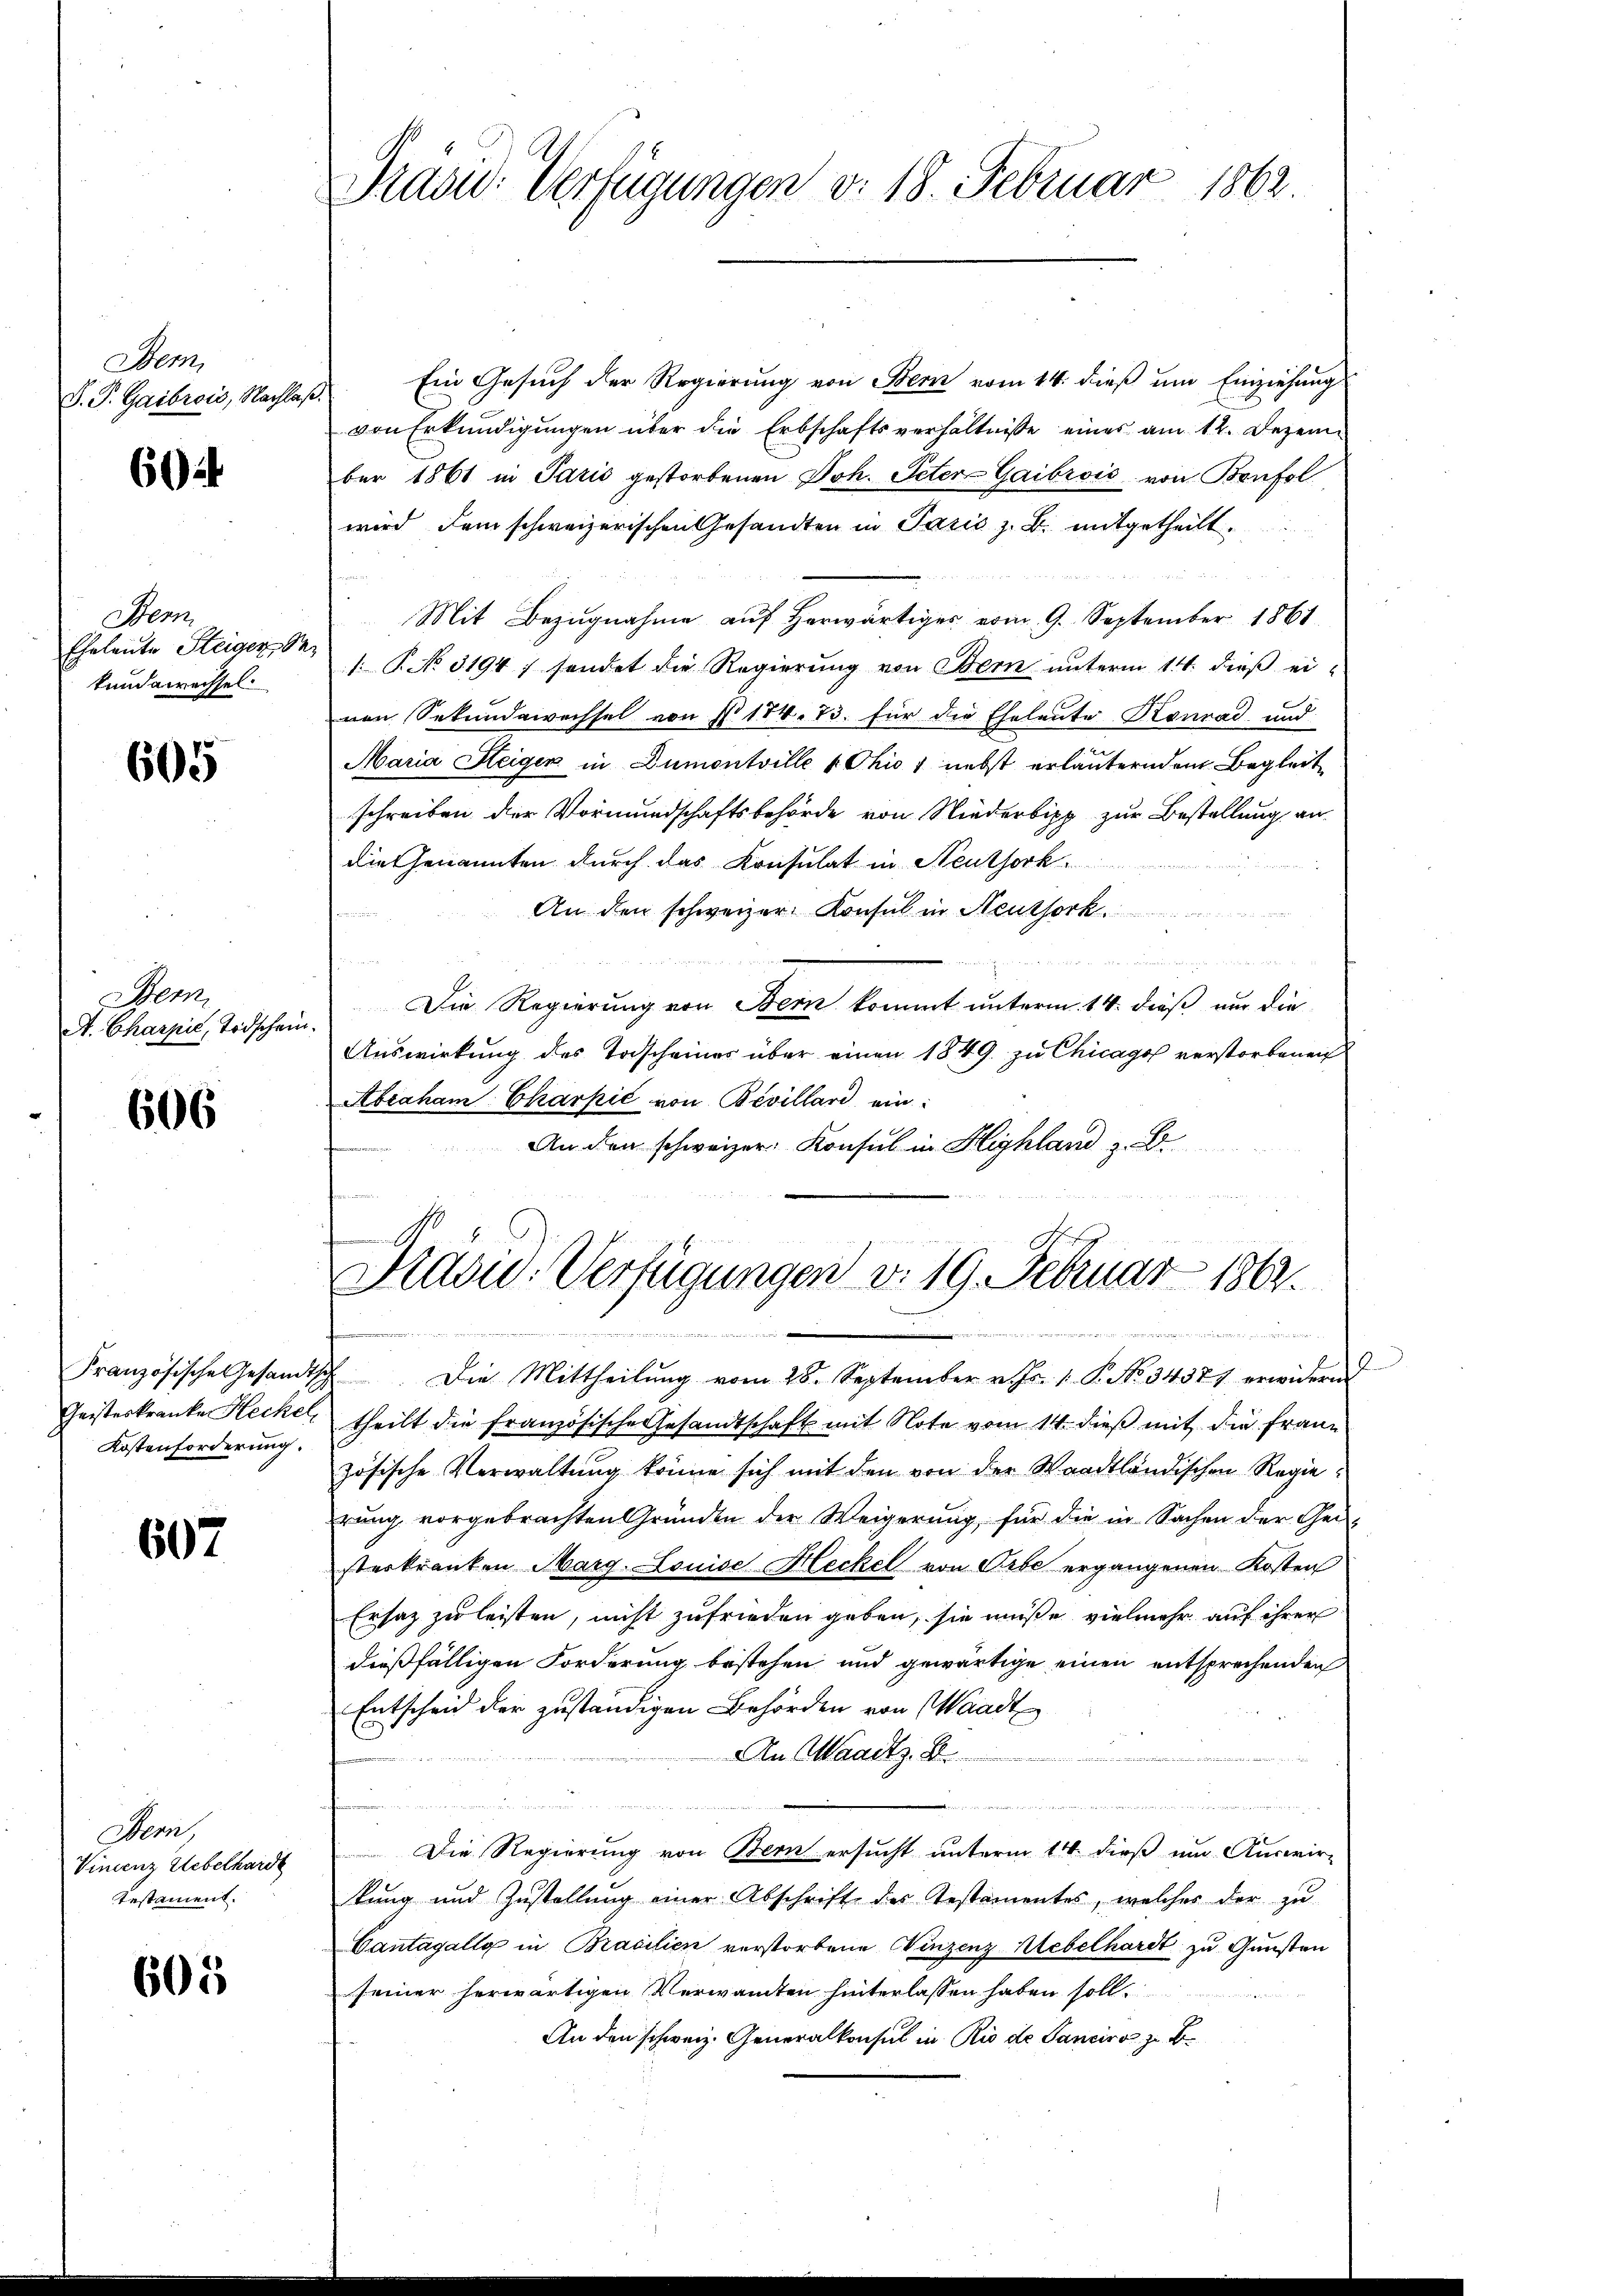
Bem
D. P. Gaibrois, Nachla

604

Bern
Eheleute Steiger Se
kundewechsel.

605

Sem
A. Charpić, Todschein

606

Französische Gesandtsch
Geisteskranke Heckel
Kostenforderung.

607

Dem
Vincenz Uebelhardt
testament.

605

Präsid. Verfügungen d. 18. Februar 1862.

Ein Gesuch der Regierung von Bern vom 14. dieß um Einziehung
von Erkundigungen über die Erbschaftsverhältnisse eines am 12. Dezember 1861 in Paris gestorbenen Joh. Peter-Gaibrois von Bonfol
wird dem schweizerischen Gesandten in Paris z. B. mitgetheilt.
Mit Bezugnahme auf herwärtiges vom 9. September 1861
1: No 3194; sendet die Regierung von Bern unterm 14. dieß ei-
von Sekundewechsel von § 174. 73. für die Eheleute Konrad und
Maria Steiger in Dumontville Chio 1 nebst erläuterndem Begleit
schreiben der Vormundschaftsbehörde von Niederbipp zur Bestellung an
die Genannten durch das Konsulat in Steuthork
An den schweizer Konsul in Neuthork
n
Die Regierung von Bern kommt unterm 14. dieß nur die
Auswirkung des Todscheines über einen 1849 zu Chicago verstorbenen
Abraham Charpić von Bevillari ein
An den schweizer Konsul in Highland z. B.
Kavid. Verfügungen v. 19. Februar 1862.

.
a
2 Die Mittheilŭng vom 28. September v. Js. 1. P. No. 3437) erwidern
theilt die französische Gesandtschaft mit Note vom 14. dieß mit die Franz
zösische Verwaltung könne sich mit den von der Waadtländischen Regieerung vorgebrachten Gründen der Weigerung, für die in Sachen der Gei
sterkranken Marg. Louise Heckel von Orbe ergangenen Kosten
Ersatz zu leisten, nicht zufrieden geben, sie müße vielmehr auf ihrer
dießfälligen Forderung bestehen und gewärtige einen entsprechenden
Entscheid der zuständigen Behörden von Waadt
An Waadtz. B.

u
it der mit der ritt in die die ihres 1450 fr e f 40 20 40 Meter der vermitten an den
Die Regierung von Bern ersucht unterm 14. dieß um Auswir-
tung und Zustellung einer Abschrift des Testamentes, welches der zu
Cantagellg in Brasilien verstorbene Winzenz Uebelhardt zu Gunsten
seiner herwärtigen Verwandten hinterlassen haben soll.
An den schweiz. Generalkonsul in Rio de Sanciro zu B